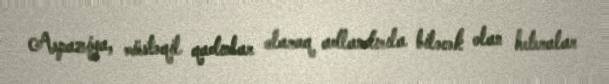
Aspaziya, müstəqil qadınlar olaraq adlandırıla biləcək olan heteralar